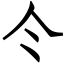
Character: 仒